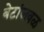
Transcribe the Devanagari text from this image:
बेटांजवळ